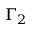
\Gamma _ { 2 }